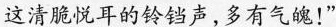
这清脆悦耳的铃铛声，多有气魄！”